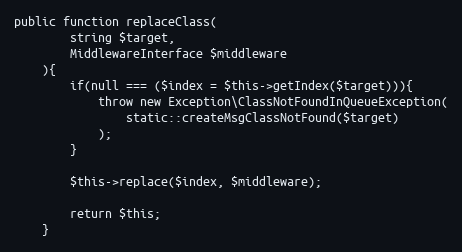
Language: PHP
public function replaceClass(
        string $target,
        MiddlewareInterface $middleware
    ){
        if(null === ($index = $this->getIndex($target))){
            throw new Exception\ClassNotFoundInQueueException(
                static::createMsgClassNotFound($target)
            );
        }

        $this->replace($index, $middleware);

        return $this;
    }